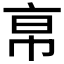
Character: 𢂚